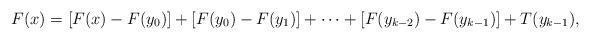
LaTeX: \begin{align*}F(x)=\left[F(x)-F(y_{0})\right]+\left[F(y_{0})-F(y_{1})\right]+\dots+\left[F(y_{k-2})-F(y_{k-1})\right]+T(y_{k-1}),\end{align*}